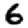
Digit: 6